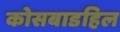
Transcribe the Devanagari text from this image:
कोसबाडहिल